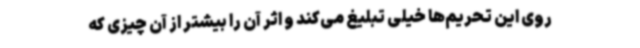
روی این تحریم‌ها خیلی تبلیغ می‌کند و اثر آن را بیشتر از آن چیزی که